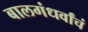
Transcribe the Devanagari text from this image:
बालगंधर्वांचं